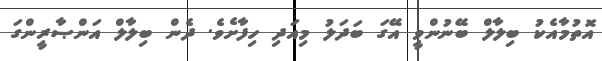
އޮތުމާއެކު ބިލާލް ބޭނުންވީ އޭގަ ބަދަލު މިއަދި ހިފާށެވެ. ދެން ބިލާލް އަންޞާރީންގަ